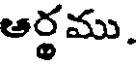
ఆర్థము.